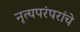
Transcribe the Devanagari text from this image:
नृत्यपरंपरांचे